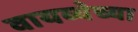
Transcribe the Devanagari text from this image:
वायव्येच्या